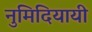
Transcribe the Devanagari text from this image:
नुमिदियायी